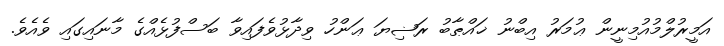
އަމީރުލްމުއުމިނީން ޢުމަރު އިބްނު ޚައްޠާބު ރަޟިޔަ ޢަންހު ވިދާޅުވެފައިވާ ބަސްފުޅެއްގެ މާނައިގައި ވެއެވެ.